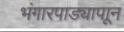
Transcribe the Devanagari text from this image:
भंगारपाड्यापाून